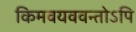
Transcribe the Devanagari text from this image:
किमवयववन्तोऽपि